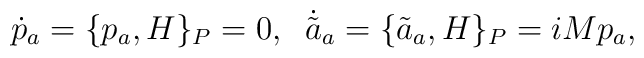
\dot{p}_a = \{ p_a, H \}_P = 0,\;\; \dot{\tilde a}{ }_a = \{ \tilde{a}_a, H \}_P = iM p_a,\nonumber